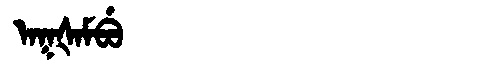
Manchu: ᠠᡴᡧᠠᠮᠪᡠ
Romanization: AKŠAMBU